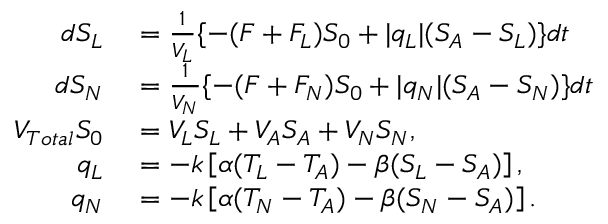
\begin{array} { r l } { d { S _ { L } } } & { { } = \frac { 1 } { V _ { L } } \{ - ( F + F _ { L } ) S _ { 0 } + | q _ { L } | ( S _ { A } - S _ { L } ) \} d t } \\ { d { S _ { N } } } & { { } = \frac { 1 } { V _ { N } } \{ - ( F + F _ { N } ) S _ { 0 } + | q _ { N } | ( S _ { A } - S _ { N } ) \} d t } \\ { V _ { T o t a l } S _ { 0 } } & { { } = V _ { L } S _ { L } + V _ { A } S _ { A } + V _ { N } S _ { N } , } \\ { q _ { L } } & { { } = - k \left[ \alpha ( T _ { L } - T _ { A } ) - \beta ( S _ { L } - S _ { A } ) \right] , } \\ { q _ { N } } & { { } = - k \left[ \alpha ( T _ { N } - T _ { A } ) - \beta ( S _ { N } - S _ { A } ) \right] . } \end{array}